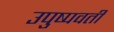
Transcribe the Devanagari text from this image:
उपुष्पवती